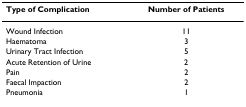
<table><thead><tr><td><b>Type of Complication</b></td><td><b>Number of Patients</b></td></tr></thead><tbody><tr><td>Wound Infection</td><td>11</td></tr><tr><td>Haematoma</td><td>3</td></tr><tr><td>Urinary Tract Infection</td><td>5</td></tr><tr><td>Acute Retention of Urine</td><td>2</td></tr><tr><td>Pain</td><td>2</td></tr><tr><td>Faecal Impaction</td><td>2</td></tr><tr><td>Pneumonia</td><td>1</td></tr></tbody></table>